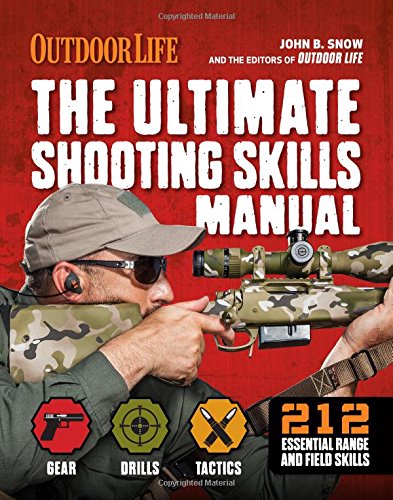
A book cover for The Ultimate Shooting Skills Manual: 212 Recreational Shooting Tips (Outdoor Life); The Editors of Outdoor Life; Sports & Outdoors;